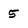
Character: 5